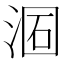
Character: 𣶦